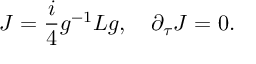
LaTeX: J = \frac { i } { 4 } g ^ { - 1 } L g , \quad \partial _ { \tau } J = 0 .